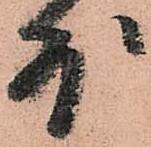
外